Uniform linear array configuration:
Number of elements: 24
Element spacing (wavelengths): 0.25
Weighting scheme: hamming
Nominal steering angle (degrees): -45
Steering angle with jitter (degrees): -43.988
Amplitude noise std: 0.05
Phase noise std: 0.05

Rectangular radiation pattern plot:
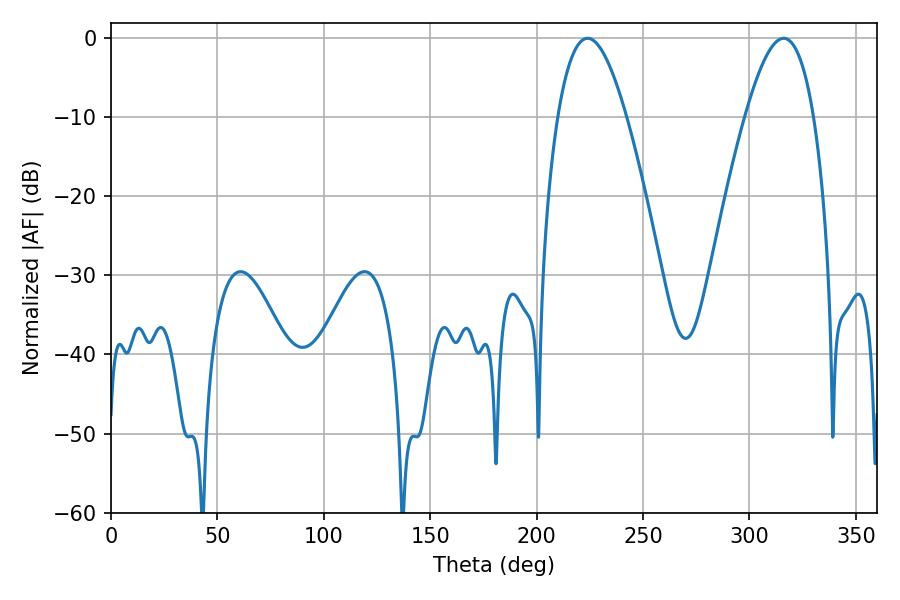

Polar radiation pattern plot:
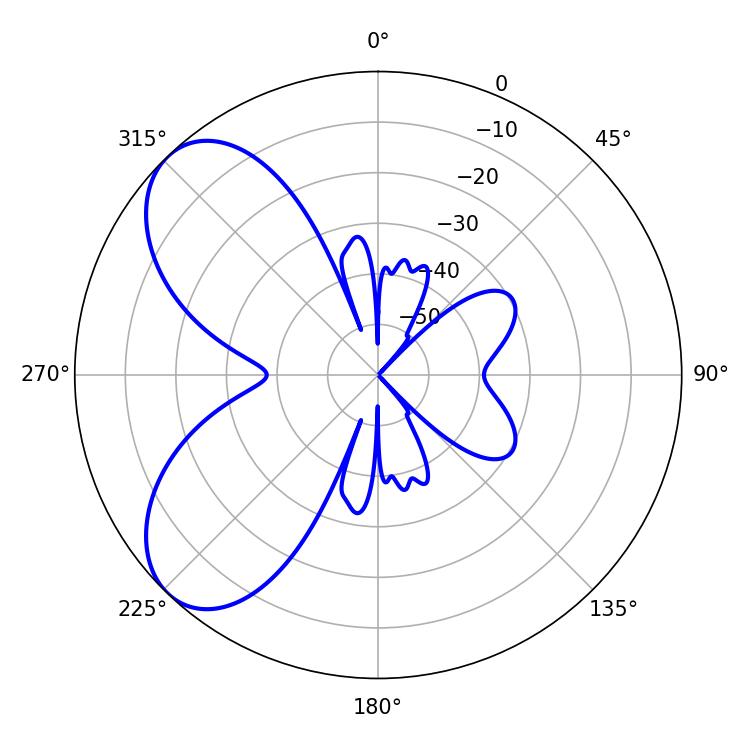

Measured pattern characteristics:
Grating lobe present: FALSE
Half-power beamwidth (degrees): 17.64
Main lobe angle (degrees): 223.92